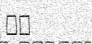
١٧